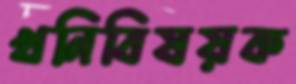
খনিবিষয়ক